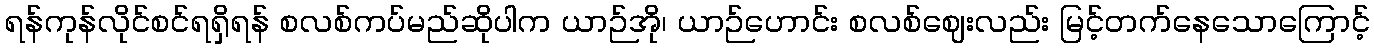
ရန်ကုန်လိုင်စင်ရရှိရန် စလစ်ကပ်မည်ဆိုပါက ယာဉ်အို၊ ယာဉ်ဟောင်း စလစ်ဈေးလည်း မြင့်တက်နေသောကြောင့်